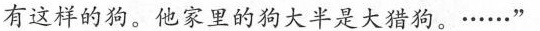
有这样的狗。他家里的狗大半是大猎狗。·····”